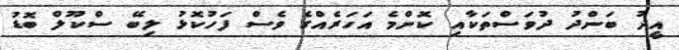
އީދު ބަންދު ދުވަސްތަކާއި ކޮންމެ އަހަރެއްގެ ވެސް ފަހުކޮޅު ލިބޭ ސްކޫލް ބޮޑު